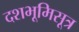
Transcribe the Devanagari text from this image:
दशभूमिसूत्र